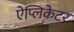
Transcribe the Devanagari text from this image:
ऐप्लिकेटर